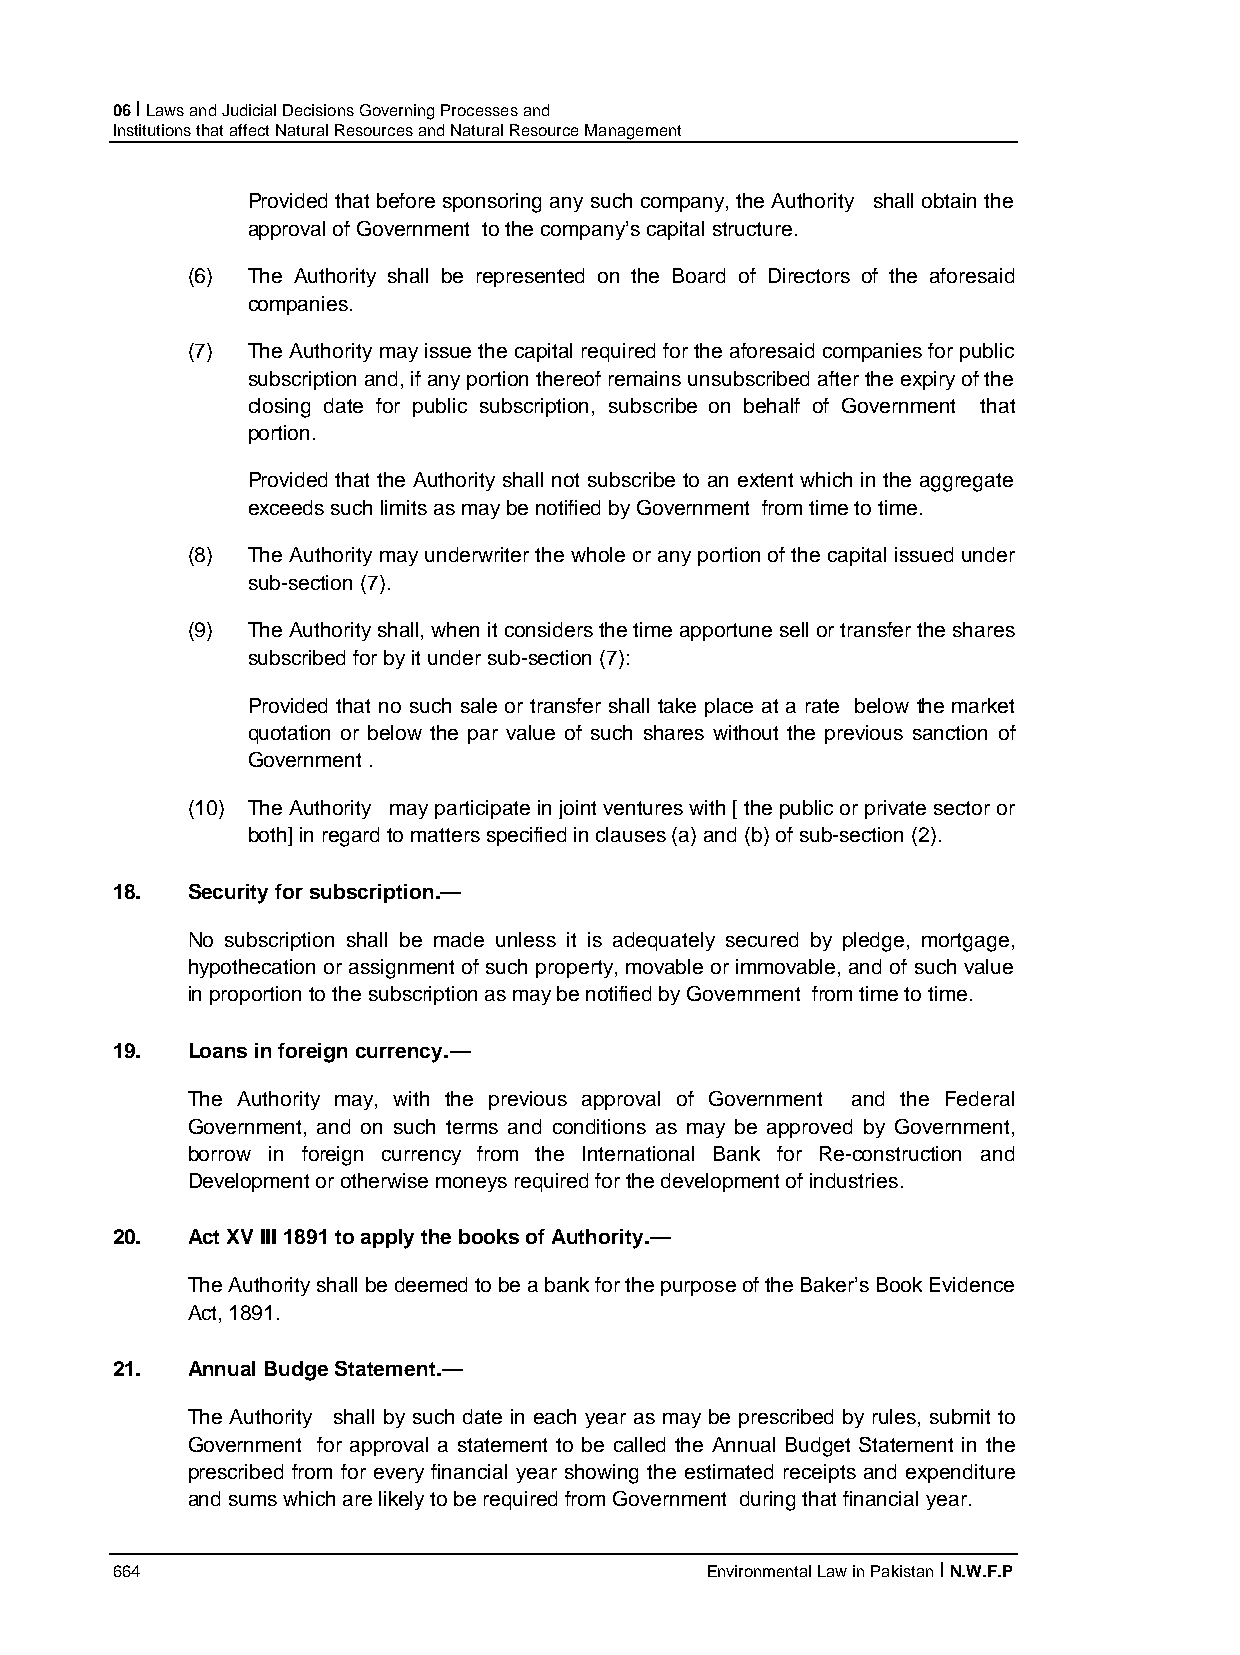
06 I Laws and Judicial Decisions Governing Processes and
 Institutions that affect Natural Resources and Natural Resource Management
 Provided that before sponsoring any such company, the Authority shall obtain the
 approval of Government to the company’s capital structure.
 (6) The Authority shall be represented on the Board of Directors of the aforesaid
 companies.
 (7) The Authority may issue the capital required for the aforesaid companies for public
 subscription and, if any portion thereof remains unsubscribed after the expiry of the
 closing date for public subscription, subscribe on behalf of Government that
 portion.
 Provided that the Authority shall not subscribe to an extent which in the aggregate
 exceeds such limits as may be notified by Government from time to time.
 (8) The Authority may underwriter the whole or any portion of the capital issued under
 sub-section (7).
 (9) The Authority shall, when it considers the time apportune sell or transfer the shares
 subscribed for by it under sub-section (7):
 Provided that no such sale or transfer shall take place at a rate below the market
 quotation or below the par value of such shares without the previous sanction of
 Government .
 (10) The Authority may participate in joint ventures with [ the public or private sector or
 both] in regard to matters specified in clauses (a) and (b) of sub-section (2).
 18.  Security for subscription.—
 No subscription shall be made unless it is adequately secured by pledge, mortgage,
 hypothecation or assignment of such property, movable or immovable, and of such value
 in proportion to the subscription as may be notified by Government from time to time.
 19.  Loans in foreign currency.—
 The Authority may, with the previous approval of Government and the Federal
 Government, and on such terms and conditions as may be approved by Government,
 borrow in foreign currency from the International Bank for Re-construction and
 Development or otherwise moneys required for the development of industries.
 20.  Act XV III 1891 to apply the books of Authority.—
 The Authority shall be deemed to be a bank for the purpose of the Baker’s Book Evidence
 Act, 1891.
 21.  Annual Budge Statement.—
 The Authority shall by such date in each year as may be prescribed by rules, submit to
 Government for approval a statement to be called the Annual Budget Statement in the
 prescribed from for every financial year showing the estimated receipts and expenditure
 and sums which are likely to be required from Government during that financial year.
 664                                     Environmental Law in Pakistan I N.W.F.P